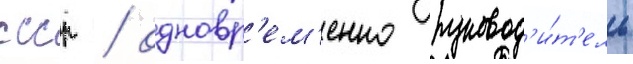
ссср / одновр'ем'енно руковод'и́т'ель